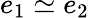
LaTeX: e_{1}\simeq e_{2}